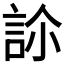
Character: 𧦜